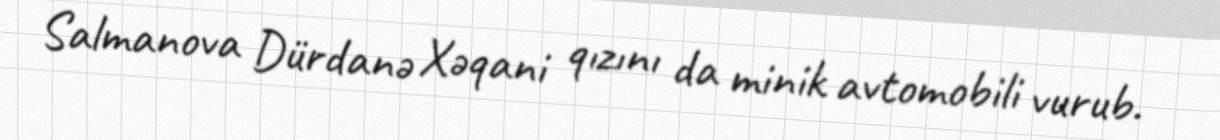
Salmanova Dürdanə Xəqani qızını da minik avtomobili vurub.